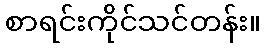
စာရင်းကိုင်သင်တန်း။